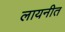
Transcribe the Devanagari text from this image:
लायनीत